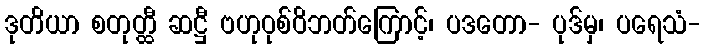
ဒုတိယာ စတုတ္ထီ ဆဋ္ဌီ ဗဟုဝုစ်ဝိဘတ်ကြောင့်၊ ပဒတော- ပုဒ်မှ၊ ပရေသံ-